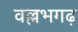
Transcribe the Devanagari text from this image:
वल्लभगढ़